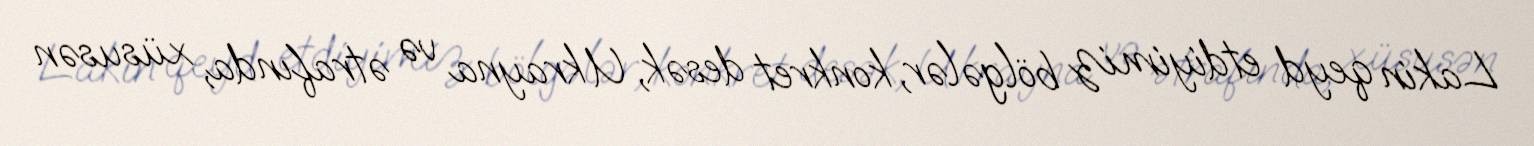
Lakin qeyd etdiyimiz bölgələr, konkret desək, Ukrayna və ətrafında, xüsusən